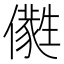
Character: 𠐭